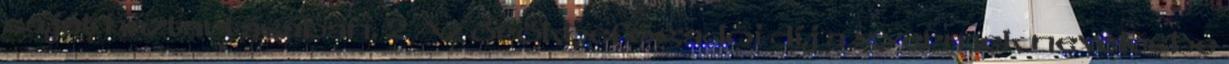
saját háztartásában. 2 Az örökbefogadói díj a gyermek nevelésbe